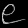
Digit: ၉